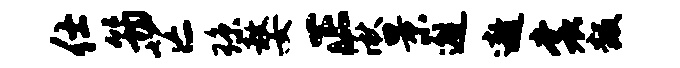
仕筠芒琼嫠正湫景邂遨裳叛